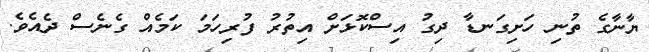
ޔާނާގެ ތުނި ހަށިގަނޑާ ދިގު އިސްކޮޅަށް އިތުރު ފުރިހަމަ ކަމެއް ގެނެސް ދެއެވެ.